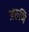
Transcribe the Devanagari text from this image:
अरुणि